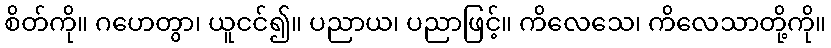
စိတ်ကို။ ဂဟေတွာ၊ ယူငင်၍။ ပညာယ၊ ပညာဖြင့်။ ကိလေသေ၊ ကိလေသာတို့ကို။